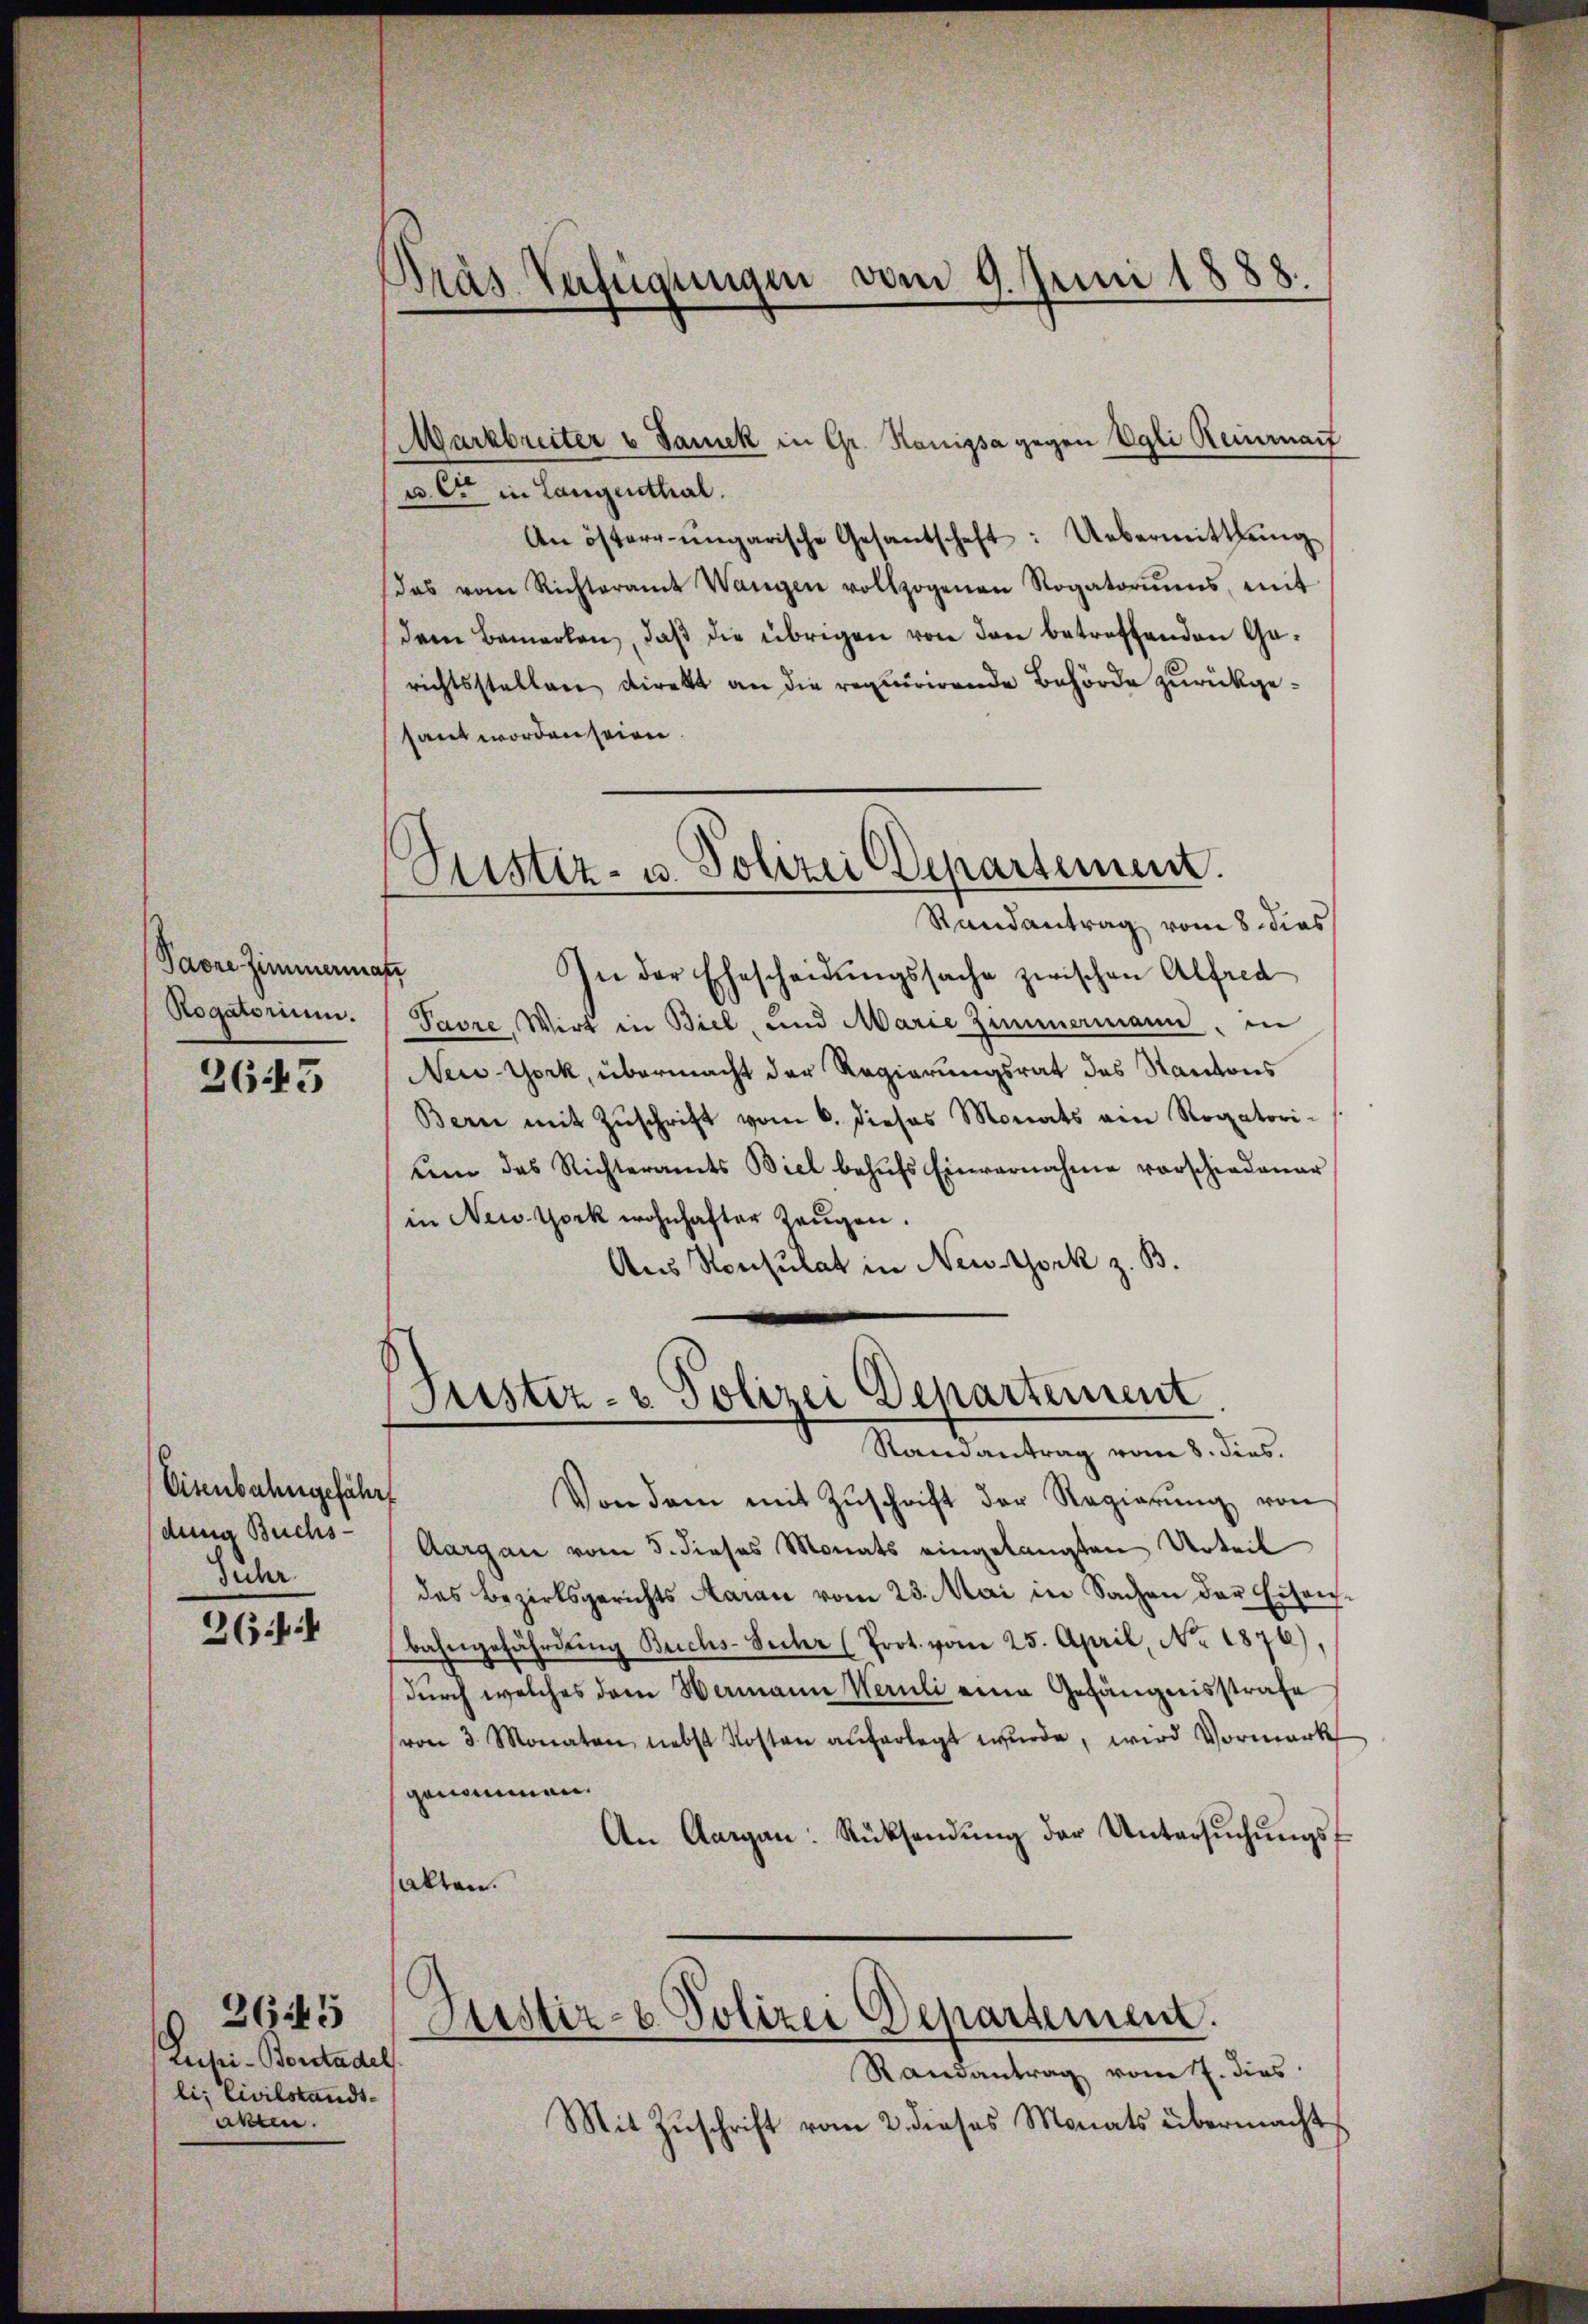
Pavre Zimmermatt
Rogatorium.

2643

Eisenbahngefährt
dena Buchs-
Sucher

264

Rusi-Berstadel
li; Civilstands-
akten.

2645

)
Präs. Verfügungen vom 9. Juni 1888.

Justiz- u. Polizei Departement.
Randantrag vom 8. dies

Markbrüter u Sanek in Gr. Ranipsa gegen Egli Reinanz
u. er in Langenthal.
An öster ungarische Gesantschaft: Uebermittlung
das vom Richteramt Wangen vollzogenen Rogatoriums, mit
dem Bemerken, daβ die übrigen von den betreffenden Garichtsstellen direkt an die requirirende Behörde zurückgesant worden seien.
In der Ehescheidungssache zwischen Alfred
Pavre, Wirt in Biel, und Marie Zimmermann, in
New-York, übermacht der Regierungsrat des Kantons
Bern mit Zŭschrift vom 6. dieses Monats am Rogatori-
ŭm das Richteramts Biel behŭfs Einvernahme vorschiedenar
in New-York wohnhafter Zeugen.
Aus Konsulat in New-York z. B.
Justiz- & Polizei Departement
Randantrag vom 8. dies.
Von dem mit Zŭschrift der Regierŭng von
Aargau vom 5. dieses Monats eingelangten Urteil
des Bezirksgerichts Aarau vom 25. Mai in Sachen der Eisen¬
Bahngefährdung Buchs-Secter (Prot. vom 25. April, No. 1876)
durch welches dem Hermann Weruli eine Gefängnisstrafe
(von 3 Monaten, nebst Kosten auferlegt wurde, wird Vormark
genommen.
An Aargau: Rücksendŭng der Untersŭchŭngs-
alten.
Justiz- & Polizei Departemen.
Randantrag vom 7. dies
Mit Zŭschrift vom 2. dieses Monats übermacht